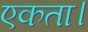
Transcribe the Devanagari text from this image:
एकता।